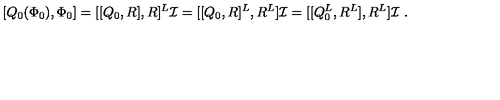
[ Q _ { 0 } ( \Phi _ { 0 } ) , \Phi _ { 0 } ] = [ [ Q _ { 0 } , R ] , R ] ^ { L } \mathcal { I } = [ [ Q _ { 0 } , R ] ^ { L } , R ^ { L } ] \mathcal { I } = [ [ Q _ { 0 } ^ { L } , R ^ { L } ] , R ^ { L } ] \mathcal { I } \ .